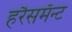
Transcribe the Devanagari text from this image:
हरैसमॅन्ट